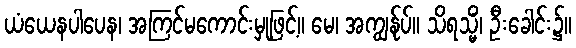
ယံယေနပါပေန၊ အကြင်မကောင်းမှုဖြင့်။ မေ၊ အကျွန်ုပ်။ သိရသ္မိံ၊ ဦးခေါင်း၌။